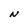
Character: N